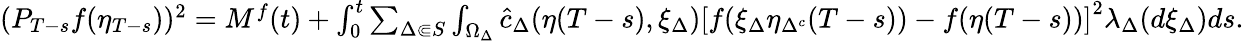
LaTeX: \begin{array}{r}{(P_{T-s}f(\eta_{T-s}))^{2}=M^{f}(t)+\int_{0}^{t}\sum_{\Delta\Subset S}\int_{\Omega_{\Delta}}\hat{c}_{\Delta}(\eta(T-s),\xi_{\Delta})\left[f(\xi_{\Delta}\eta_{\Delta^{c}}(T-s))-f(\eta(T-s))\right]^{2}\lambda_{\Delta}(d\xi_{\Delta})ds.}\end{array}